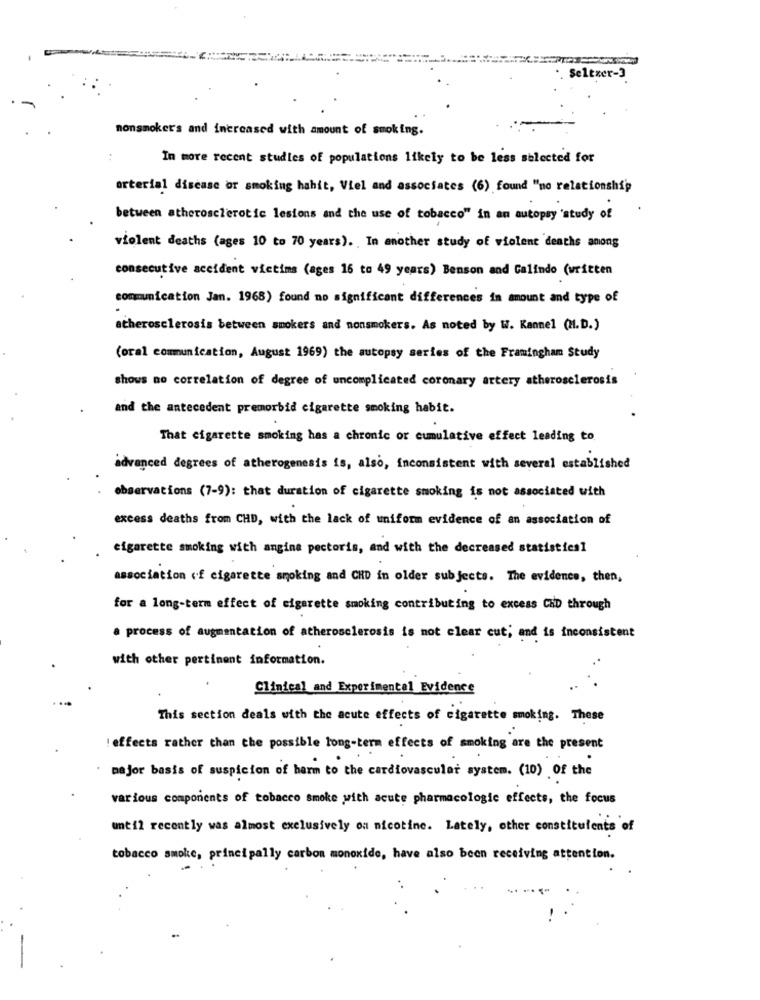
·. Seltzer-3
nonsmoker's and increased with amount of smoking.
In more recent studies of populations likely to be less selected for
arterial disease or smoking hahit, Viel and associates (6) found "no relationship
between atherosclerotic lesions and the use of tobacco" in an autopsy 'study of
violent deaths (ages 10 to 70 years). In another study of violent deaths anong
consecutive accident victims (ages 16 to 49 years) Benson and Galindo (written
communication Jan. 1968) found no significant differences in amount and type of
atherosclerosis between smokers and nonsmokers. As noted by W. Kannel (H.D.)
(oral communication, August 1969) the autopsy series of the Framingham Study
shows no correlation of degree of uncomplicated coronary artery atherosclerosis
and the antecedent premorbid cigarette smoking habit.
That cigarette smoking has a chronic or cumulative effect leading to.
advanced degrees of atherogenesis is, also, inconsistent with several established
observations (7-9): that duration of cigarette smoking is not associated with
excess deaths from CHD, with the lack of uniform evidence of an association of
cigarette smoking with angina pectoris, and with the decreased statisties1
association of cigarette smoking and CHD in older subjects. The evidence, then,
for a long-term effect of cigarette smoking contributing to excess CHD through
. process of augmentation of atherosclerosis is not clear cut, and is inconsistent
with other pertinent information.
Clinical and Experimental Evidence
This section deals with the acute effects of cigarette smoking. These
effects rather than the possible long-term effects of smoking are the present
mejor basis of suspicion of harm to the cardiovascular system. (10) Of the
various components of tobacco smoke with acute pharmacologic effects, the focus
until recently was almost exclusively ou nicotine. Lately, other constituients of
tobacco smoke, principally carbon monoxide, have also been receiving attention.